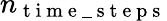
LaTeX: n_{\mathrm{~t~i~m~e~\_ ~s~t~e~p~s~}}